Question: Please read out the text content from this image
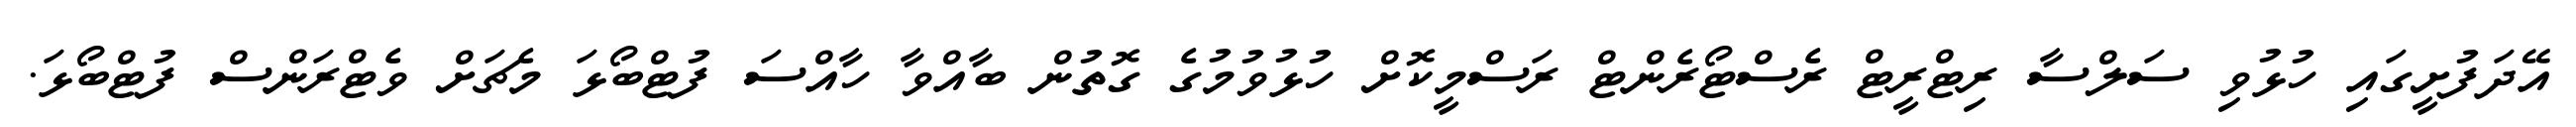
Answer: އޭދަފުށީގައި ހުޅުވި ސަލްސާ ރިޓްރީޓް ރެސްޓޯރެންޓް ރަސްމީކޮށް ހުޅުވުމުގެ ގޮތުން ބާއްވާ ހާއްސަ ފުޓްބޯޅަ މެޗަށް ވެޓްރަންސް ފުޓްބޯޅަ.